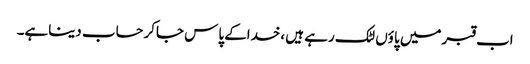
اب قبرمیں پاؤں لٹک رہے ہیں ،خداکے پاس جاکرحساب دیناہے۔